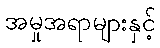
အမှုအရာများနှင့်